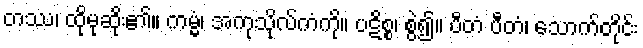
တဿ၊ ထိုမုဆိုး၏။ ကမ္မံ၊ အကုသိုလ်ကံကို။ ပဋိစ္စ၊ စွဲ၍။ ပီတံ ပီတံ၊ သောက်တိုင်း